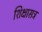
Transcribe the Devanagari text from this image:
शिक्षासत्र